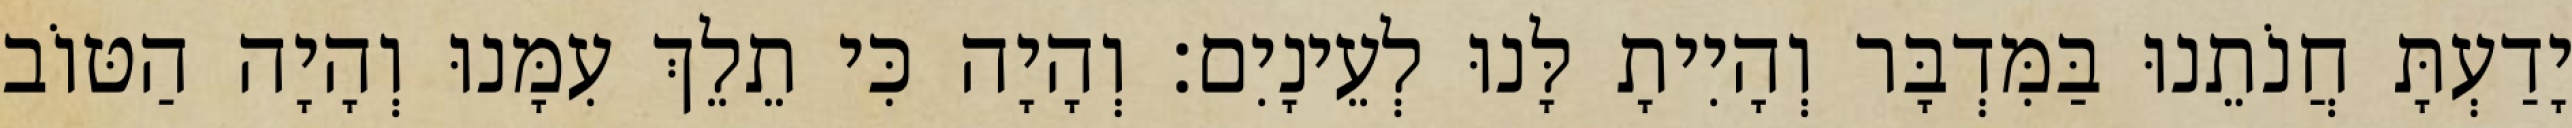
יָדַעְתָּ חֲנֹתֵנוּ בַּמִּדְבָּר וְהָיִיתָ לָּנוּ לְעֵינָיִם׃ וְהָיָה כִּי תֵלֵךְ עִמָּנוּ וְהָיָה הַטּוֹב